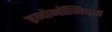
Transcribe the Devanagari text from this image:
इनोनॉमिक्स